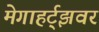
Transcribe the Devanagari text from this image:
मेगाहर्ट्‌झवर